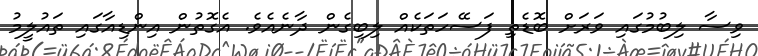
ވިސާ ލިބުމުގައި ވަރަށް ބޮޑެތި ފަސޭހަތަކެއް ލިބިގެން ދާނެއެވެ. އެގޮތުން އިންޑިއާގައި ތައުލީމު